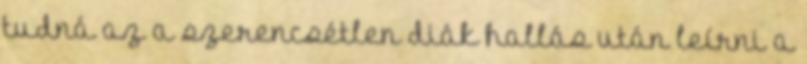
tudná az a szerencsétlen diák hallás után leírni a